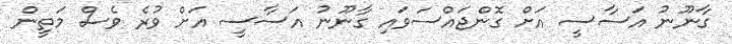
ގާނޫނު އަސާސީ އަށް ގޮންޖައްސަވައި ގާނޫނު އަސާސީ އަށް ވުރެ ވެސް މަތީން